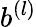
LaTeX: b^{(l)}